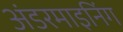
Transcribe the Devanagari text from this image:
अंडरमाइनिंग